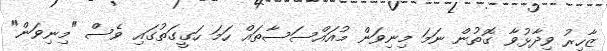
ޒާހިރު ވިދާޅުވާ ގޮތުން ނަމަ މިނިވަން މުއައްސަސާތައް ހަމަ ހަގީގަތުގައި ވެސް "މިނިވަން"